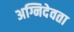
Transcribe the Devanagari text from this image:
अग्निदेवता